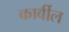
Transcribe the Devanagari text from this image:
कार्बील